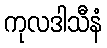
ကုလဒါသီနံ